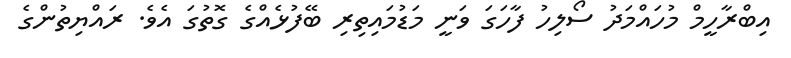
އިބްރާހީމް މުހައްމަދު ސޯލިހު ފާހަގަ ވަނީ މަޑުމައިތިރި ބޭފުޅެއްގެ ގޮތުގަ އެވެ. ރައްޔިތުންގެ